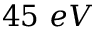
4 5 ~ e V